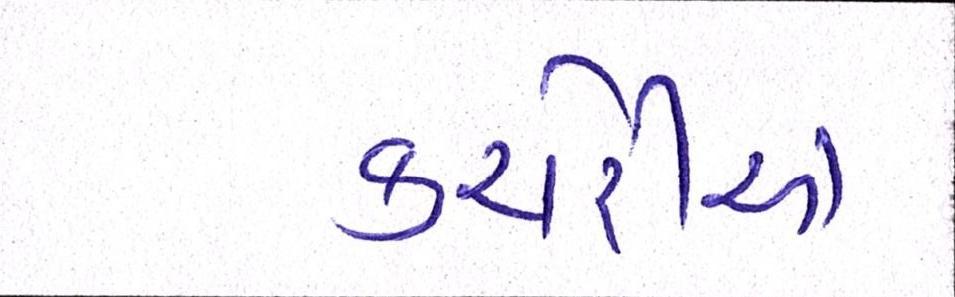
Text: કચેરીએ